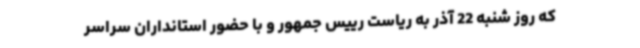
که روز شنبه 22 آذر به ریاست رییس جمهور و با حضور استانداران سراسر